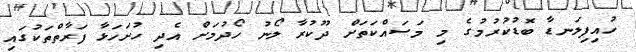
ހުއިފިލަނޑާ ބޮޑުކުރުމުގެ މި މަސައްކަތަށް ދޫކުރާ ލޯނު ހޯދުމަށް އެދި ހުށަހަޅާ ފަރާތްތަކުގައި